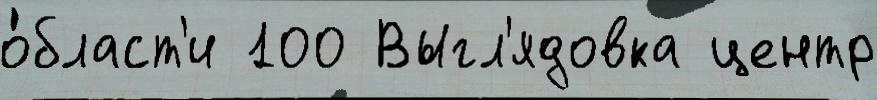
о́бласт'и 100 Выгл'ядовка центр